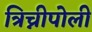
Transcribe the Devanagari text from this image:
त्रिच्नीपोली